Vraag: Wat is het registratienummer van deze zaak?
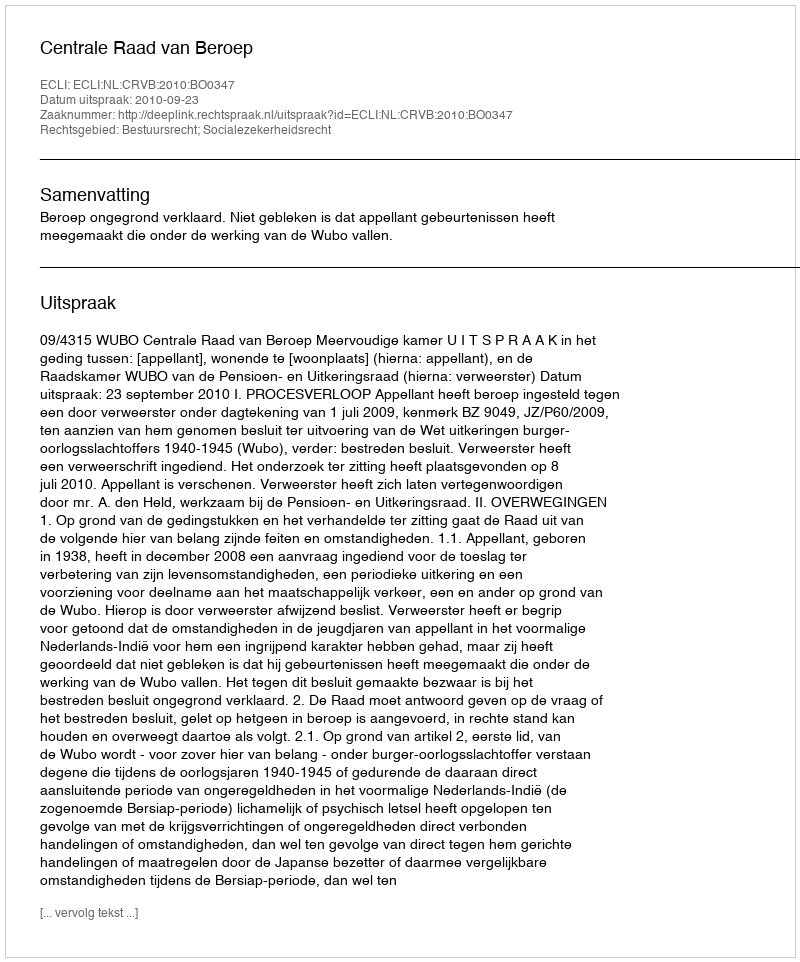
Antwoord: http://deeplink.rechtspraak.nl/uitspraak?id=ECLI:NL:CRVB:2010:BO0347